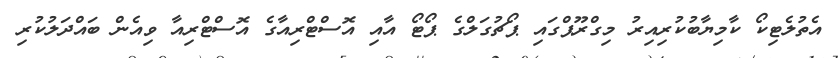
އެތުލެޓިކޯ ކާމިޔާބުކުރިއިރު މިގްރޫޕްގައި ޕޯޗުގަލްގެ ޕޯޓޯ އާއި އޮސްޓްރިއާގެ އޮސްޓްރިއާ ވިއެން ބައްދަލުކުރި